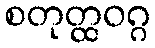
စတုတ္ထဝဂ္ဂ